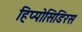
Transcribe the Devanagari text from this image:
हिप्पोसिडिरस